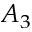
A _ { 3 }